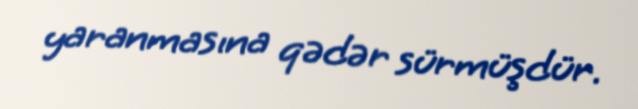
yaranmasına qədər sürmüşdür.